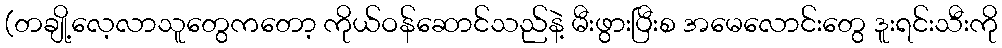
(တချို့လေ့လာသူတွေကတော့ ကိုယ်ဝန်ဆောင်သည်နဲ့ မီးဖွားပြီးစ အမေလောင်းတွေ ဒူးရင်းသီးကို